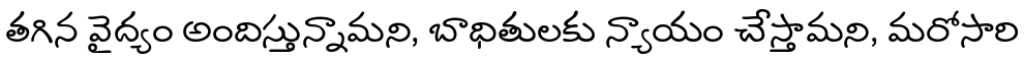
తగిన వైద్యం అందిస్తున్నామని, బాధితులకు న్యాయం చేస్తామని, మరోసారి